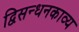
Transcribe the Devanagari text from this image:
द्विसन्धनकाव्य